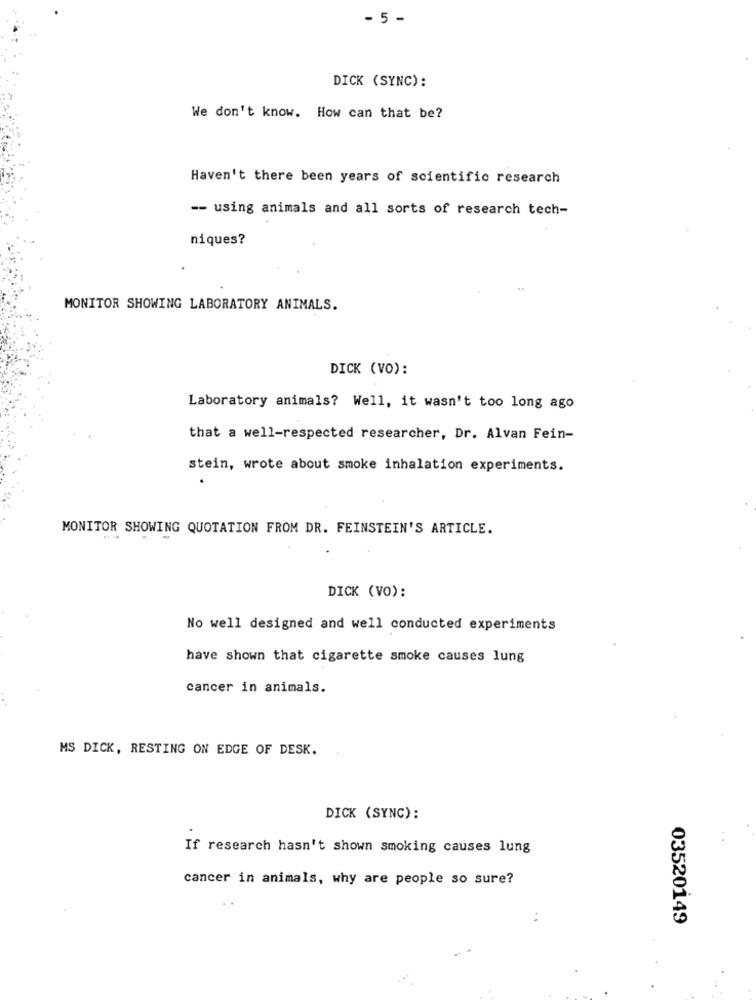
- 5 -
DICK (SYNC):
We don't know. How can that be?
Haven't there been years of scientific research
-- using animals and all sorts of research tech-
niques?
MONITOR SHOWING LABORATORY ANIMALS.
DICK (VO):
Laboratory animals? Well, it wasn't too long ago
that a well-respected researcher, Dr. Alvan Fein-
stein, wrote about smoke inhalation experiments.
MONITOR SHOWING QUOTATION FROM DR. FEINSTEIN'S ARTICLE.
DICK (VO):
No well designed and well conducted experiments
have shown that cigarette smoke causes lung
cancer in animals.
MS DICK, RESTING ON EDGE OF DESK.
DICK (SYNC):
If research hasn't shown smoking causes lung
cancer in animals, why are people so sure?
03520149